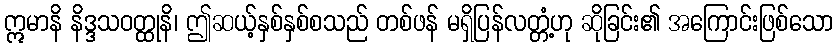
ဣမာနိ နိဒ္ဒသဝတ္ထုနိ၊ ဤဆယ့်နှစ်နှစ်စသည် တစ်ဖန် မရှိပြန်လတ္တံ့ဟု ဆိုခြင်း၏ အကြောင်းဖြစ်သော